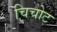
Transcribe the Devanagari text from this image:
चिचोट